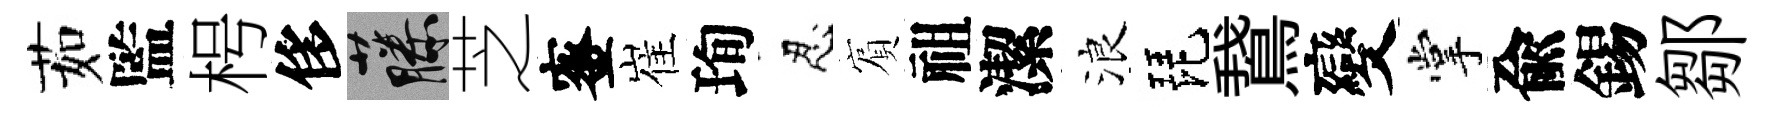
茹監枵侈藤芝蜜崔珣忍賔祖潔浪琵鵞變掌兪錫鄒